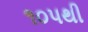
૧૦૫થી